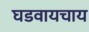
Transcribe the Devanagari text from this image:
घडवायचाय